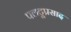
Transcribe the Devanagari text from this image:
पलटूप्रसाद